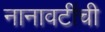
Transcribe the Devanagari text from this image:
नानावटींची